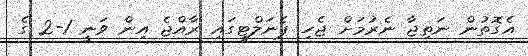
އެގޮތުން ނަތިޖާ ނެރުމަށް ޖެހި ޕެނަލްޓީގައި ރާއްޖެ އިން ވަނީ 1-2 ގެ